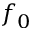
f _ { 0 }